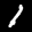
Label: 1